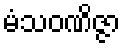
မံသဝဏိဇ္ဇာ